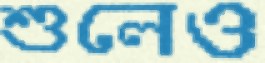
শুলেও